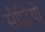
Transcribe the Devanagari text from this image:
सीढ़ियों